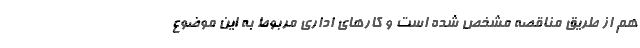
هم از طریق مناقصه مشخص شده است و کار‌های اداری مربوط به این موضوع